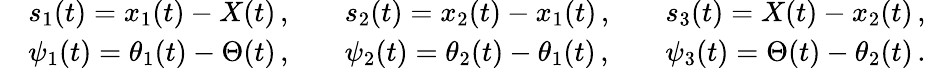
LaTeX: \begin{array}{rlrlrl}&{s_{1}(t)=x_{1}(t)-X(t)\, ,}&&{s_{2}(t)=x_{2}(t)-x_{1}(t)\, ,}&&{s_{3}(t)=X(t)-x_{2}(t)\, ,}\\ &{\psi_{1}(t)=\theta_{1}(t)-\Theta(t)\, ,}&&{\psi_{2}(t)=\theta_{2}(t)-\theta_{1}(t)\, ,}&&{\psi_{3}(t)=\Theta(t)-\theta_{2}(t)\, .}\end{array}